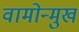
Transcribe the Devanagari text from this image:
वामोन्मुख